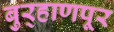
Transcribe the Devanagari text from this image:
बुर्‍हाणपूर